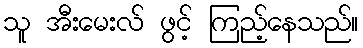
သူ အီးမေးလ် ဖွင့် ကြည့်နေသည်။